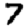
Digit: 7